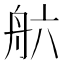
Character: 𮎄